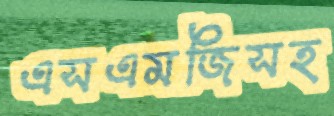
এসএমজিসহ